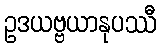
ဥဒယဗ္ဗယာနုပဿီ